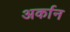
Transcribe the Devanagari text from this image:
अर्कान